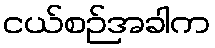
ငယ်စဉ်အခါက